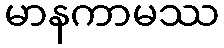
မာနကာမဿ